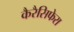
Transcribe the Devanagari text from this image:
कैरैसिफेरा